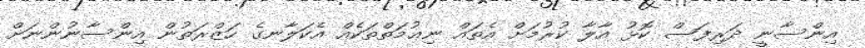
އިންސާނީ ދަރިފަސް ކޮޅު އާލާ ކުރުމަށް އެތައް ނިޢުމަތްތަކެއް އެކަލާނގެ ހަޒްރަތުން އިންސާނުންނަށް